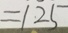
= 1 2 5